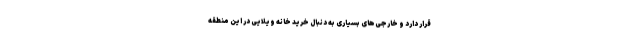
قرار دارد و خارجی‌های بسیاری به دنبال خرید خانه ویلایی در این منطقه